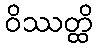
ဝိဿတ္ထိ